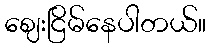
ဈေးငြိမ်နေပါတယ်။